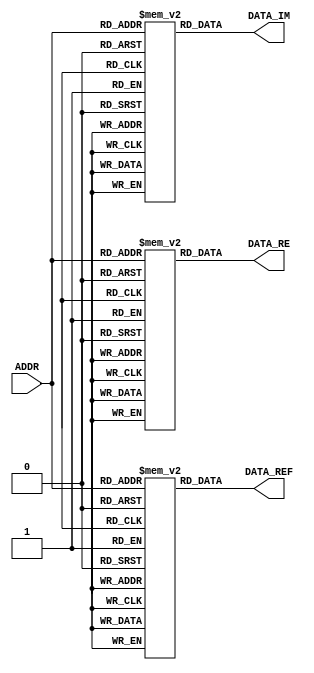
/////////////////////////////////////////////////////////////////////
////                                                             ////
//// ROM with 64 samples of the sine waves                       ////
////    at the frequencies = 1 and 3                             ////
////                                                             ////
////  Company: Zagazig University                                ////
////                                                             ////
////                                                             ////
////                                                             ////
/////////////////////////////////////////////////////////////////////

//`timescale 1 ns / 1 ps  
module Wave_ROM64 ( ADDR ,DATA_RE,DATA_IM,DATA_REF ); 
    	output [15:0] DATA_RE,DATA_IM,DATA_REF ;     
    	input [5:0]    ADDR ;     
    	reg [15:0] cosi[0:63];    
    	initial	  begin    
  cosi[0]=16'h7FFC;  cosi[1]=16'h7369;  cosi[2]=16'h5200;  cosi[3]=16'h26F8;
  cosi[4]=16'h0000;  cosi[5]=16'hE801;  cosi[6]=16'hE335;  cosi[7]=16'hEE2C;
  cosi[8]=16'h0000;  cosi[9]=16'h0EA2;  cosi[10]=16'h133D;  cosi[11]=16'h0CD3;
  cosi[12]=16'h0000;  cosi[13]=16'hF42E;  cosi[14]=16'hEFB1;  cosi[15]=16'hF4A3;
  cosi[16]=16'h0000;  cosi[17]=16'h0B5D;  cosi[18]=16'h104F;  cosi[19]=16'h0BD2;
  cosi[20]=16'h0000;  cosi[21]=16'hF32D;  cosi[22]=16'hECC3;  cosi[23]=16'hF15E;
  cosi[24]=16'h0000;  cosi[25]=16'h11D4;  cosi[26]=16'h1CCB;  cosi[27]=16'h17FF;
  cosi[28]=16'h0000;  cosi[29]=16'hD908;  cosi[30]=16'hAE00;  cosi[31]=16'h8C97;
  cosi[32]=16'h8004;  cosi[33]=16'h8C97;  cosi[34]=16'hAE00;  cosi[35]=16'hD908;
  cosi[36]=16'h0000;  cosi[37]=16'h17FF;  cosi[38]=16'h1CCB;  cosi[39]=16'h11D4;
  cosi[40]=16'h0000;  cosi[41]=16'hF15E;  cosi[42]=16'hECC3;  cosi[43]=16'hF32D;
  cosi[44]=16'h0000;  cosi[45]=16'h0BD2;  cosi[46]=16'h104F;  cosi[47]=16'h0B5D;
  cosi[48]=16'h0000;  cosi[49]=16'hF4A3;  cosi[50]=16'hEFB1;  cosi[51]=16'hF42E;
  cosi[52]=16'h0000;  cosi[53]=16'h0CD3;  cosi[54]=16'h133D;  cosi[55]=16'h0EA2;
  cosi[56]=16'h0000;  cosi[57]=16'hEE2C;  cosi[58]=16'hE335;  cosi[59]=16'hE801;
  cosi[60]=16'h0000;  cosi[61]=16'h26F8;  cosi[62]=16'h5200;  cosi[63]=16'h7369;
     end 

    	reg [15:0] sine[0:63];    
    	initial	  begin    
  sine[0]=16'h0000;  sine[1]=16'h2FCE;  sine[2]=16'h5200;  sine[3]=16'h5E14;
  sine[4]=16'h539C;  sine[5]=16'h39EF;  sine[6]=16'h1CCB;  sine[7]=16'h0762;
  sine[8]=16'h0000;  sine[9]=16'h060F;  sine[10]=16'h133D;  sine[11]=16'h1EF7;
  sine[12]=16'h22A1;  sine[13]=16'h1C8A;  sine[14]=16'h104F;  sine[15]=16'h04B5;
  sine[16]=16'h0000;  sine[17]=16'h04B5;  sine[18]=16'h104F;  sine[19]=16'h1C8A;
  sine[20]=16'h22A1;  sine[21]=16'h1EF7;  sine[22]=16'h133D;  sine[23]=16'h060F;
  sine[24]=16'h0000;  sine[25]=16'h0762;  sine[26]=16'h1CCB;  sine[27]=16'h39EF;
  sine[28]=16'h539C;  sine[29]=16'h5E14;  sine[30]=16'h5200;  sine[31]=16'h2FCE;
  sine[32]=16'h0000;  sine[33]=16'hD032;  sine[34]=16'hAE00;  sine[35]=16'hA1EC;
  sine[36]=16'hAC64;  sine[37]=16'hC611;  sine[38]=16'hE335;  sine[39]=16'hF89E;
  sine[40]=16'h0000;  sine[41]=16'hF9F1;  sine[42]=16'hECC3;  sine[43]=16'hE109;
  sine[44]=16'hDD5F;  sine[45]=16'hE376;  sine[46]=16'hEFB1;  sine[47]=16'hFB4B;
  sine[48]=16'h0000;  sine[49]=16'hFB4B;  sine[50]=16'hEFB1;  sine[51]=16'hE376;
  sine[52]=16'hDD5F;  sine[53]=16'hE109;  sine[54]=16'hECC3;  sine[55]=16'hF9F1;
  sine[56]=16'h0000;  sine[57]=16'hF89E;  sine[58]=16'hE335;  sine[59]=16'hC611;
  sine[60]=16'hAC64;  sine[61]=16'hA1EC;  sine[62]=16'hAE00;  sine[63]=16'hD032;
      end 

    	reg [15:0] deltas[0:63];    
    	initial	  begin    
 deltas[0]=16'h0000; deltas[1]=16'h0000; deltas[2]=16'h0000; deltas[3]=16'h0000;
 deltas[4]=16'h0000; deltas[5]=16'h0000; deltas[6]=16'h0000; deltas[7]=16'h0000;
 deltas[8]=16'h0000; deltas[9]=16'h0000; deltas[10]=16'h0000; deltas[11]=16'h0000;
 deltas[12]=16'h0000; deltas[13]=16'h0000; deltas[14]=16'h0000; deltas[15]=16'h0000;
 deltas[16]=16'h0000; deltas[17]=16'h0000; deltas[18]=16'h0000; deltas[19]=16'h0000;
 deltas[20]=16'h0000; deltas[21]=16'h0000; deltas[22]=16'h0000; deltas[23]=16'h0000;
 deltas[24]=16'h0000; deltas[25]=16'h0000; deltas[26]=16'h0000; deltas[27]=16'h0000;
 deltas[28]=16'h0000; deltas[29]=16'h0000; deltas[30]=16'h0000; deltas[31]=16'h0000;
 deltas[32]=16'h0000; deltas[33]=16'h0000; deltas[34]=16'h0000; deltas[35]=16'h0000;
 deltas[36]=16'h0000; deltas[37]=16'h0000; deltas[38]=16'h0000; deltas[39]=16'h0000;
 deltas[40]=16'h0000; deltas[41]=16'h0000; deltas[42]=16'h0000; deltas[43]=16'h0000;
 deltas[44]=16'h0000; deltas[45]=16'h0000; deltas[46]=16'h0000; deltas[47]=16'h0000;
 deltas[48]=16'h0000; deltas[49]=16'h0000; deltas[50]=16'h0000; deltas[51]=16'h0000;
 deltas[52]=16'h0000; deltas[53]=16'h0000; deltas[54]=16'h0000; deltas[55]=16'h0000;
 deltas[56]=16'h0000; deltas[57]=16'h0000; deltas[58]=16'h0000; deltas[59]=16'h0000;
 deltas[60]=16'h0000; deltas[61]=16'h0000; deltas[62]=16'h0000; deltas[63]=16'h0000;
 deltas[1]=16'h7ffc;  deltas[3]=16'h7ffc; deltas[5]=16'h7ffc; deltas[7]=16'h7ffc;
     end 

	assign DATA_RE=cosi[ADDR];	
	assign DATA_IM=sine[ADDR];	
	assign DATA_REF=deltas[ADDR];	
endmodule